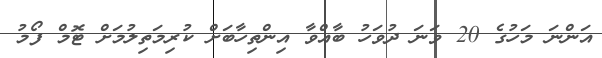
އަންނަ މަހުގެ 20 ވަނަ ދުވަހު ބާއްވާ އިންތިހާބަށް ކުރިމަތިލުމަށް ޓޮމް ފޯމު